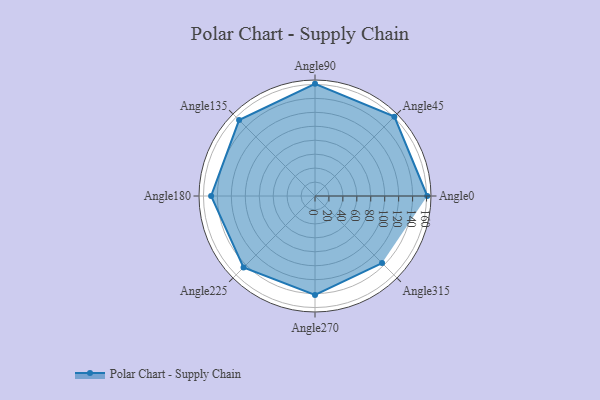
{"axis": {"x": "Angle", "y": "Radius"}, "legend": [""], "data": [{"x": "Angle0", "y": 161.0, "type": ""}, {"x": "Angle45", "y": 161.0, "type": ""}, {"x": "Angle90", "y": 161.0, "type": ""}, {"x": "Angle135", "y": 154.0, "type": ""}, {"x": "Angle180", "y": 149.0, "type": ""}, {"x": "Angle225", "y": 145.0, "type": ""}, {"x": "Angle270", "y": 142.0, "type": ""}, {"x": "Angle315", "y": 136.0, "type": ""}]}